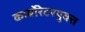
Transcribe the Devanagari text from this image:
कार्बोरेटरयुक्त